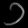
Digit: ၁